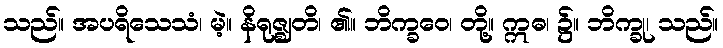
သည်။ အပရိသေသံ၊ မဲ့။ နိရုဇ္ဈတိ၊ ၏။ ဘိက္ခဝေ၊ တို့။ ဣဓ၊ ၌။ ဘိက္ခု၊ သည်။